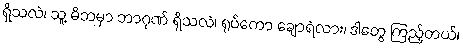
ရှိသလဲ၊ သူ့ မိဘမှာ ဘာဂုဏ် ရှိသလဲ၊ ရုပ်ကော ချောရဲလား၊ ဒါတွေ ကြည့်တယ်၊